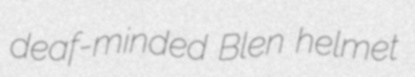
deaf-minded Blen helmet